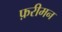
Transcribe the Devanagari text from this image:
फ़रीमन